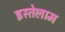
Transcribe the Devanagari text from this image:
इस्तेलाम